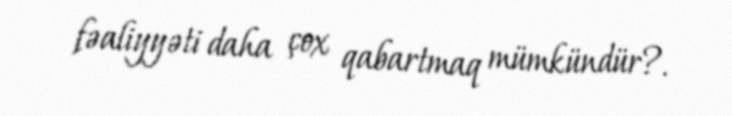
fəaliyyəti daha çox qabartmaq mümkündür?.